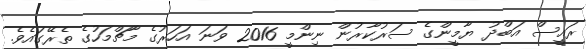
ރައީސް އަބްދު ޔާމީންގެ ސަރުކާރުން ނިންމީ 2016 ވަނަ އަހަރުގެ މާޗްމަހުގެ ތެރޭގައެވެ.